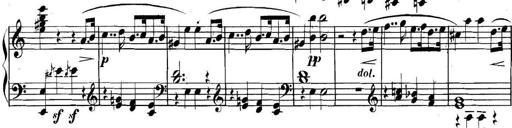
Title: Collected Piano Sonatas
Composer: Muzio Clementi